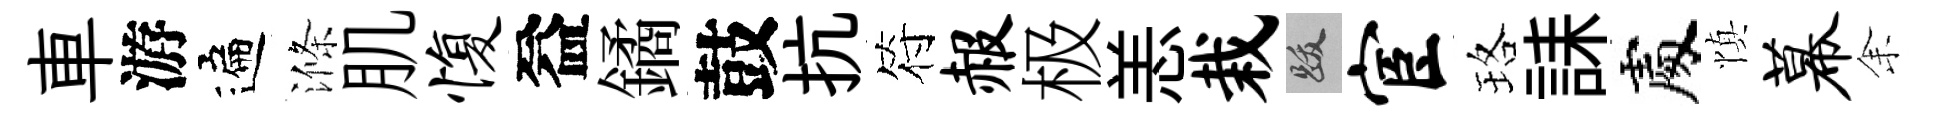
車游遍滌肌愎益鐍鼓抗符赧极恙栽跋宦珞誄處慎幕𪜬